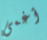
أغمى